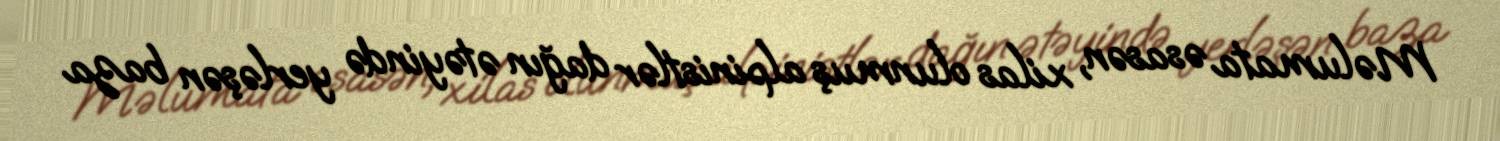
Məlumata əsasən, xilas olunmuş alpinistlər dağın ətəyində yerləşən baza